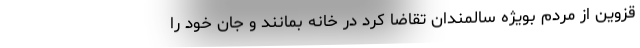
قزوین از مردم بویژه سالمندان تقاضا کرد در خانه بمانند و جان خود را